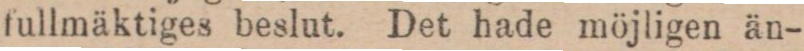
fullmäktiges beslut. Det hade möjligen än-